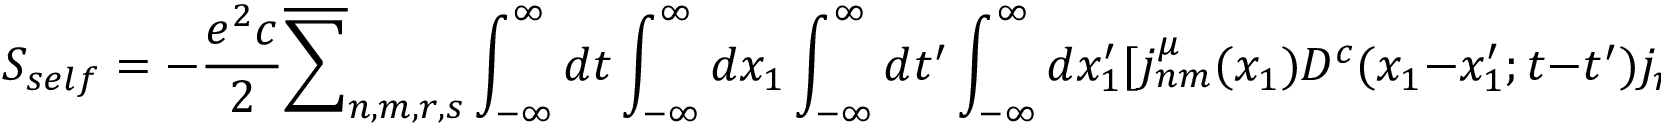
S _ { s e l f } = - \frac { e ^ { 2 } c } { 2 } \overline { { { \sum } } } _ { n , m , r , s } \int _ { - \infty } ^ { \infty } d t \int _ { - \infty } ^ { \infty } d x _ { 1 } \int _ { - \infty } ^ { \infty } d t ^ { \prime } \int _ { - \infty } ^ { \infty } d x _ { 1 } ^ { \prime } [ j _ { n m } ^ { \mu } ( x _ { 1 } ) D ^ { c } ( x _ { 1 } - x _ { 1 } ^ { \prime } ; t - t ^ { \prime } ) j _ { r s , { \mu } } ( x _ { 1 } ^ { \prime } )